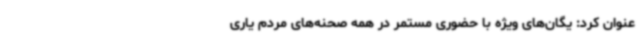
عنوان کرد: یگان‌های ویژه با حضوری مستمر در همه صحنه‌های مردم یاری